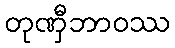
တုဏှီဘာဝဿ